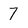
Character: 7